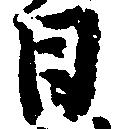
日